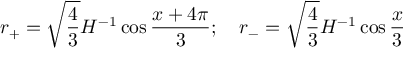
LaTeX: r _ { + } = \sqrt { \frac { 4 } { 3 } } H ^ { - 1 } \cos { \frac { x + 4 \pi } { 3 } } ; \quad r _ { - } = \sqrt { \frac { 4 } { 3 } } H ^ { - 1 } \cos { \frac { x } { 3 } }